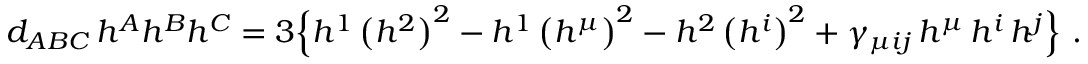
d _ { A B C } \, h ^ { A } h ^ { B } h ^ { C } = 3 \Big \{ h ^ { 1 } \, \big ( h ^ { 2 } \big ) ^ { 2 } - h ^ { 1 } \, \big ( h ^ { \mu } \big ) ^ { 2 } - h ^ { 2 } \, \big ( h ^ { i } \big ) ^ { 2 } + \gamma _ { \mu i j } \, h ^ { \mu } \, h ^ { i } \, h ^ { j } \Big \} \ .